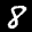
Label: 8